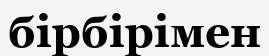
бірбірімен